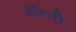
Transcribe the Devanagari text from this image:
जॉहनी